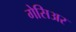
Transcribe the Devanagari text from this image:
गेसिअर